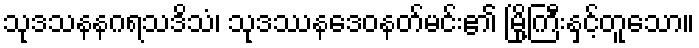
သုဒသနနဂရသဒိသံ၊ သုဒဿနဒေဝနတ်မင်း၏ မြို့ကြီးနှင့်တူသော။